Vaccination in the Punjab 1897-1904 - 1897-1904
Year: 1897
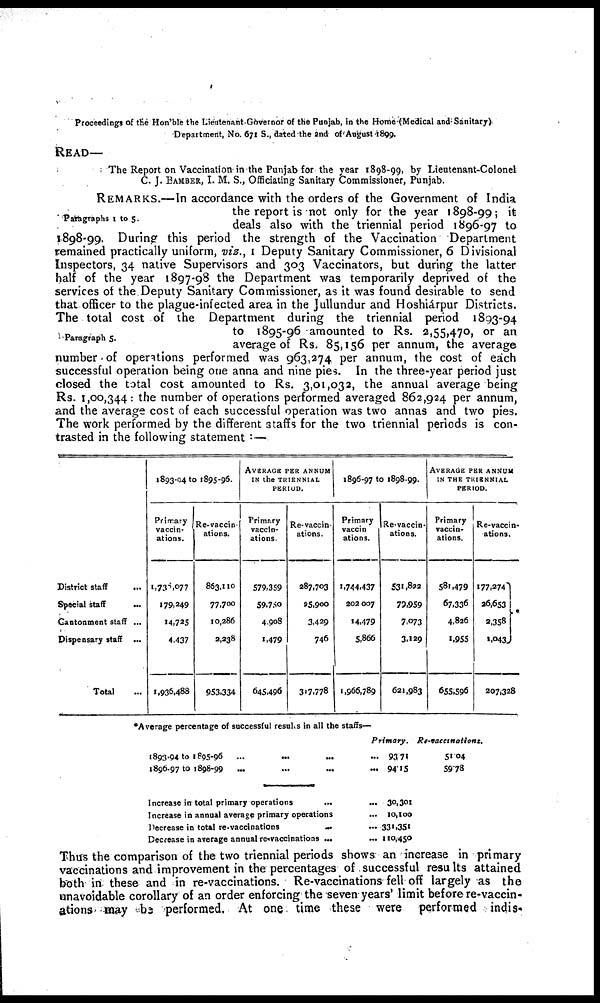
Proceedings of the Hon'ble the Lieutenant-Governor of the Punjab, in the Home(Medical and Sanitary)
Department, No. 671 S., dated the and of August 1899.
READ—
The Report on Vaccination in the Punjab for the year 1898-99, by Lieutenant-Colonel
C. J. BAMBER, I. M. S., Officiating Sanitary Commissioner, Punjab.
"Paragraphs 1 to 5.
Paragraph 5.
REMARKS.—In accordance with the orders of the Government of India
the report is not only for the year 1898-99; it
deals also with the triennial period 1896-97 to
1898-99. During this period the strength of the Vaccination Department
remained practically uniform, viz., I Deputy Sanitary Commissioner, 6 Divisional
Inspectors, 34 native Supervisors and 303 Vaccinators, but during the latter
half of the year 1897-98 the Department was temporarily deprived of the
services of the Deputy Sanitary Commissioner, as it was found desirable to send
that officer to the plague-infected area in the Jullundur and Hoshiárpur Districts.
The total cost of the Department during the triennial period 1893-94
to 1895-96 amounted to Rs. 2,55,470, or an
average of Rs. 85,156 per annum, the average
number of operations performed was 963,274 per annum, the cost of each
successful operation being one anna and nine pies. In the three-year period just
closed the total cost amounted to Rs. 3,01,032, the annual average being
Rs. 1,00,344: the number of operations performed averaged 862,924 per annum,
and the average cost of each successful operation was two annas and two pies.
The work performed by the different staffs for the two triennial periods is con-
trasted in the following statement :—
District staff ...
Special staff ...
Cantonment staff ...
Dispensary staff ...
Total ...
1893-94 to 1895-96.
Primary
vaccin-
ations.
1,738,077
179,249
14,125
1,437
1,936,488
Re-vaccin-
ations.
863,110
77,700
10,286
2,238
953,334
AVERAGE PER ANNUM
IN the TRIENNIAL
PERIOD.
Primary
vaccin-
ations.
579,359
59,750
4,908
1,479
645,496
Re-vaccin-
ations.
287,703
25,900
3,429
746
317,778
1896-97 to 1898-99.
Primary
vaccin
ations.
1,744,437
202,007
14,479
5,866
1,966,789
Re-vaccin-
ations.
531,822
79,959
7,073
3,129
621,983
AVERAGE PER ANNUM
IN THE TRIENNIAL
PERIOD.
Primary
vaccin-
ations.
581,479
67,336
4,826
1,955
655,596
Re-vaccin-
ations.
177,374
26,653
2,358
1,043
207,328
*Average percentage of successful results in all the staffs—
1893-94 to 1895-96
...
... ... ...
1896-97 to 1898-99 ... ... ...
Increase in total primary operations
...
Increase in annual average primary operations
Decrease in total re-vaccinations
...
Decrease in average annual re-vaccinations ...
Primary.
93.71
94.15
30,301
10,100
331,351
110,450
Re-vaccinations.
51.04
59.78
Thus the comparison of the two triennial periods shows an increase in primary
vaccinations and improvement in the percentages of successful results attained
both in these and in re-vaccinations. Re-vaccinations fell off largely as the
unavoidable corollary of an order enforcing the seven years limit before re-vaccin-
ations may be performed. At one time these were performed indis¬